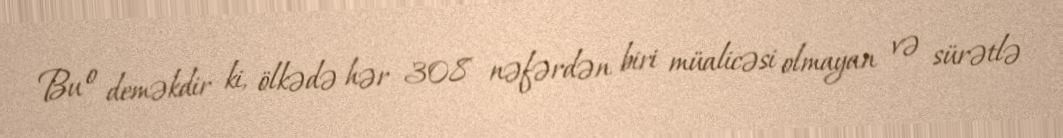
Bu o deməkdir ki, ölkədə hər 308 nəfərdən biri müalicəsi olmayan və sürətlə